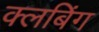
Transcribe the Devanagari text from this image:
क्लबिंग